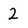
Character: 2